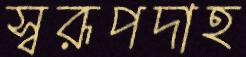
স্বরূপদাহ